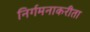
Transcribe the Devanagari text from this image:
निर्गमनाकरीता